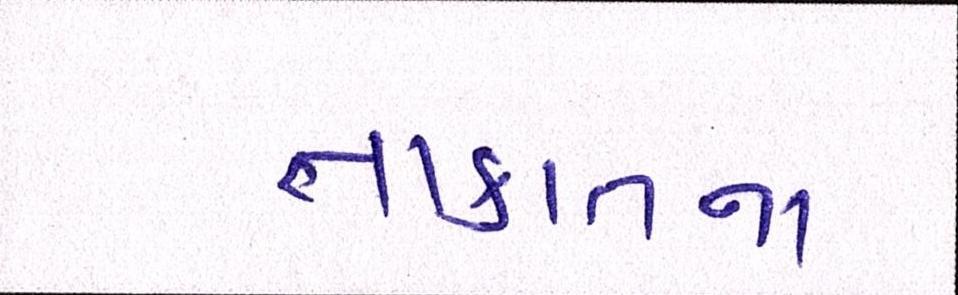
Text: તાકાતના